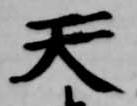
天